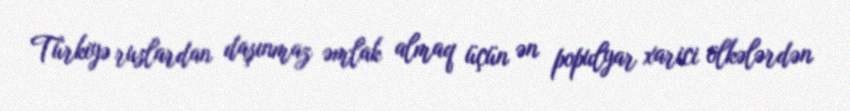
Türkiyə ruslardan daşınmaz əmlak almaq üçün ən populyar xarici ölkələrdən